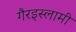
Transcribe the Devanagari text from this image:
गैरइस्लामी